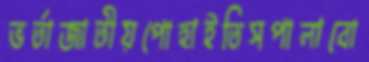
ভর্তাজাতীয়পোহাইতিসপালাবো